Annual report of the Prince of Wales Medical College, Patna
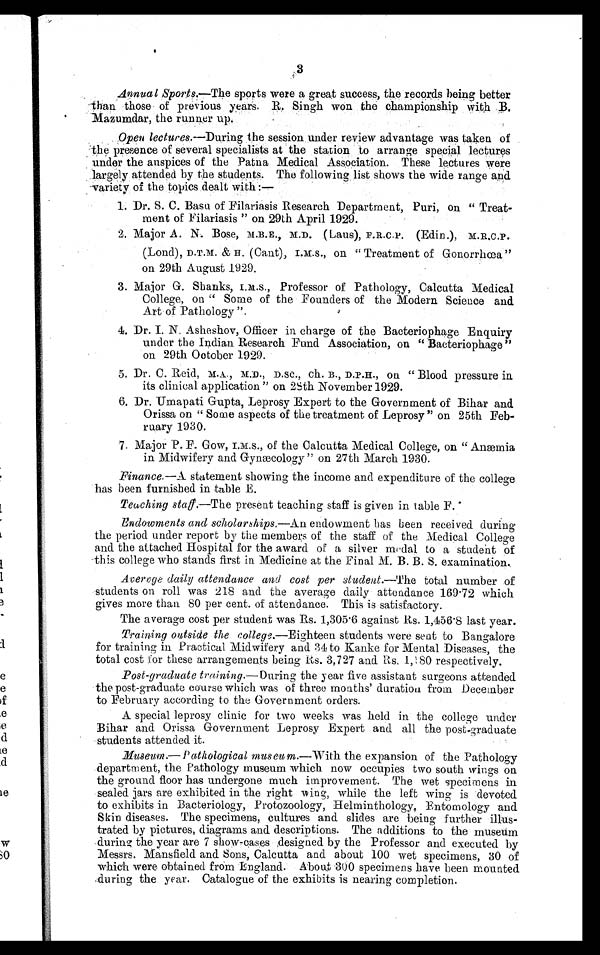
3
Annual Sports.—The sports were a great success, the records being better
than those of previous years. R. Singh won the championship with B.
Mazumdar, the runner up.
Open lectures.—During the session under review advantage was taken of
the presence of several specialists at the station to arrange special lectures
under the auspices of the Patna Medical Association. These lectures were
largely attended by the students. The following list shows the wide range and
variety of the topics dealt with:—
1. Dr. S. C. Basu of Filariasis Research Department, Puri, on “ Treat
–ment of Filariasis ” on 29th April 1929.
2. Major A. N. Bose, M.B.E., M.D. (Laus), F.R.C.P. (Edin.),
M.R.C.P. (Lond), D.T.M. & H. (Cant), on " Treatment of Gonorrhœa"
on 29th August 1929.
3. Major G. Shanks, I.M.S., Professor of Pathology, Calcutta Medical
College, on " Some of the Founders of the Modern Science and
Art of Pathology ".
4. Dr. I. N. Asheshov, Officer in charge of the Bacteriophage Enquiry
under the Indian Research Fund Association, on " Bacteriophage"
on 29th October 1929.
5. Dr. C. Reid, M.A., M.D., D.SC., Ch. B., D.P.H., on " Blood pressure in
its clinical application" on 28th November 1929.
6. Dr. Umapati Gupta, Leprosy Expert to the Government of Bihar and
Orissa on " Som e aspects of the treatment of Leprosy " on 25th Feb-
– r u a r y 1 9 3 0 .
7. Major P. F. Gow, I.M.S., of the Calcutta Medical College, on " Anæmia
in Midwifery and Gynæcology" on 27th March 1930.
Finance.—A statement showing the income and expenditure of the college
has been furnished in table E.
Teaching staff.—The present teaching staff is given in table F.
Endowments and scholarships.—An endowment has been received during
the period under report by the members of the staff of the Medical College
and the attached Hospital for the award of a silver medal to a student of
this college who stands first in Medicine at the Final M. B. B. S. examination..
Average daily attendance and cost per student.— The total number of
students on roll was 218 and the average daily attendance 169 . 72 which
gives more than 80 per cent. of attendance. This is satisfactory.
The average cost per student was Rs. 1,305.6 against Rs. 1,456.8 last year.
Training outside the college.—Eighteen students were sent to Bangalore
for training in Practical. Midwifery and 34 to Kanke for Mental Diseases, the
total cost for these arrangements being Rs. 3,727 and Rs, 1, 180 respectively.
Post-graduate training.— During the year five assistant surgeons attended
the post-graduate course which was of three mouths' duration from December
to February according to the Government orders.
A special leprosy clinic for two weeks was held in the college under
Bihar and Orissa Government Leprosy Expert and all the post-graduate
students attended it.
Museum.—Pathological museum .—With the expansion of the Pathology
department, the Pathology museum which now occupies two south wings on
the ground floor has undergone much improvement. The wet specimens in
sealed jars are exhibited in the right wing, while the left wing, is devoted
to exhibits in Bacteriology, Protozoology, Helminthology, Entomology and
Skin diseases. The specimens, cultures and slides are being further illus–-
trated by pictures, diagrams and descriptions. The additions to the museum
during the year are 7 show-cases ,designed by the Professor and executed by
Messrs. Mansfield and Sons, Calcutta and about 100 wet specimens, 30 of
which were obtained from England. About .300 specimens have been mounted
during the year. Catalogue of the exhibits is nearing completion.